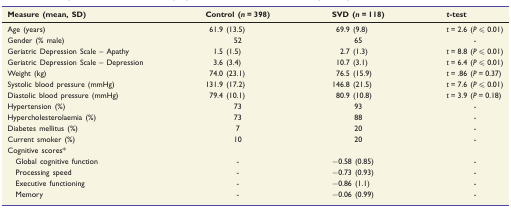
<table><thead><tr><td><b>Measure (mean, SD)</b></td><td><b>Control (<i>n</i> = 398)</b></td><td><b>SVD (<i>n</i> = 118)</b></td><td><b><i>t</i>-test</b></td></tr></thead><tbody><tr><td>Age (years)</td><td>61.9 (13.5)</td><td>69.9 (9.8)</td><td><i>t</i> = 2.6 (<i>P</i> ≤ 0.01)</td></tr><tr><td>Gender (% male)</td><td>52</td><td>65</td><td>-</td></tr><tr><td>Geriatric Depression Scale – Apathy</td><td>1.5 (1.5)</td><td>2.7 (1.3)</td><td><i>t</i> = 8.8 (<i>P</i> ≤ 0.01)</td></tr><tr><td>Geriatric Depression Scale – Depression</td><td>3.6 (3.4)</td><td>10.7 (3.1)</td><td><i>t</i> = 6.4 (<i>P</i> ≤ 0.01)</td></tr><tr><td>Weight (kg)</td><td>74.0 (23.1)</td><td>76.5 (15.9)</td><td><i>t</i> = .86 (<i>P</i> = 0.37)</td></tr><tr><td>Systolic blood pressure (mmHg)</td><td>131.9 (17.2)</td><td>146.8 (21.5)</td><td><i>t</i> = 7.6 (<i>P</i> ≤ 0.01)</td></tr><tr><td>Diastolic blood pressure (mmHg)</td><td>79.4 (10.1)</td><td>80.9 (10.8)</td><td><i>t</i> = 3.9 (<i>P</i> = 0.18)</td></tr><tr><td>Hypertension (%)</td><td>73 </td><td>93 </td><td>-</td></tr><tr><td>Hypercholesterolaemia (%)</td><td>73 </td><td>88 </td><td>-</td></tr><tr><td>Diabetes mellitus (%)</td><td>7</td><td>20 </td><td>-</td></tr><tr><td>Current smoker (%)</td><td>10 </td><td>20 </td><td>-</td></tr><tr><td colspan="4">Cognitive scores*</td></tr><tr><td>Global cognitive function</td><td>-</td><td>−0.58 (0.85)</td><td>-</td></tr><tr><td>Processing speed</td><td>-</td><td>−0.73 (0.93)</td><td>-</td></tr><tr><td>Executive functioning</td><td>-</td><td>−0.86 (1.1)</td><td>-</td></tr><tr><td>Memory</td><td>-</td><td>−0.06 (0.99)</td><td>-</td></tr></tbody></table>